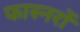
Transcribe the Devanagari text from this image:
फास्नरों